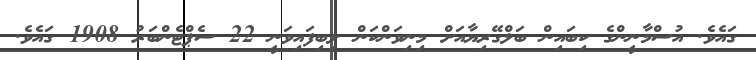
ގައެވެ. އުސްމާނީންގެ ކިބައިން ބަލްގޭރިޔާއަށް މިނިވަންކަން ލިބިފައިވަނީ 22 ސެޕްޓެންބަރު 1908 ގައެވެ.